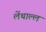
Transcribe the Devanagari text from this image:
लेंथाल्ल